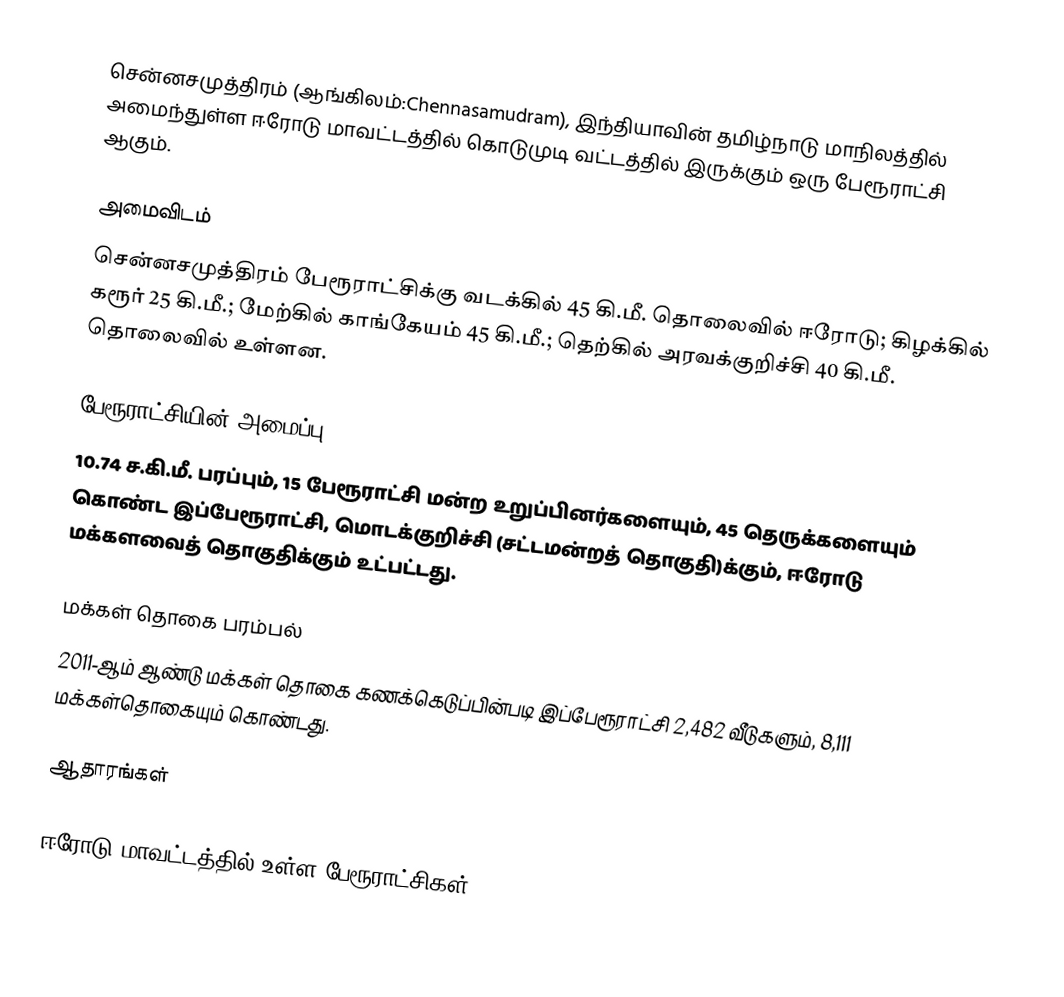
சென்னசமுத்திரம் (ஆங்கிலம்:Chennasamudram), இந்தியாவின் தமிழ்நாடு மாநிலத்தில் அமைந்துள்ள ஈரோடு மாவட்டத்தில் கொடுமுடி வட்டத்தில் இருக்கும் ஒரு பேரூராட்சி ஆகும்.

அமைவிடம்
சென்னசமுத்திரம் பேரூராட்சிக்கு வடக்கில் 45 கி.மீ. தொலைவில் ஈரோடு; கிழக்கில் கரூர் 25 கி.மீ.; மேற்கில் காங்கேயம் 45 கி.மீ.; தெற்கில் அரவக்குறிச்சி 40 கி.மீ. தொலைவில் உள்ளன.

பேரூராட்சியின் அமைப்பு
10.74 ச.கி.மீ. பரப்பும், 15 பேரூராட்சி மன்ற  உறுப்பினர்களையும், 45 தெருக்களையும் கொண்ட இப்பேரூராட்சி, மொடக்குறிச்சி (சட்டமன்றத் தொகுதி)க்கும், ஈரோடு மக்களவைத் தொகுதிக்கும் உட்பட்டது.

மக்கள் தொகை பரம்பல்
2011-ஆம் ஆண்டு மக்கள் தொகை கணக்கெடுப்பின்படி இப்பேரூராட்சி 2,482  வீடுகளும், 8,111 மக்கள்தொகையும் கொண்டது.

ஆதாரங்கள்

ஈரோடு மாவட்டத்தில் உள்ள பேரூராட்சிகள்